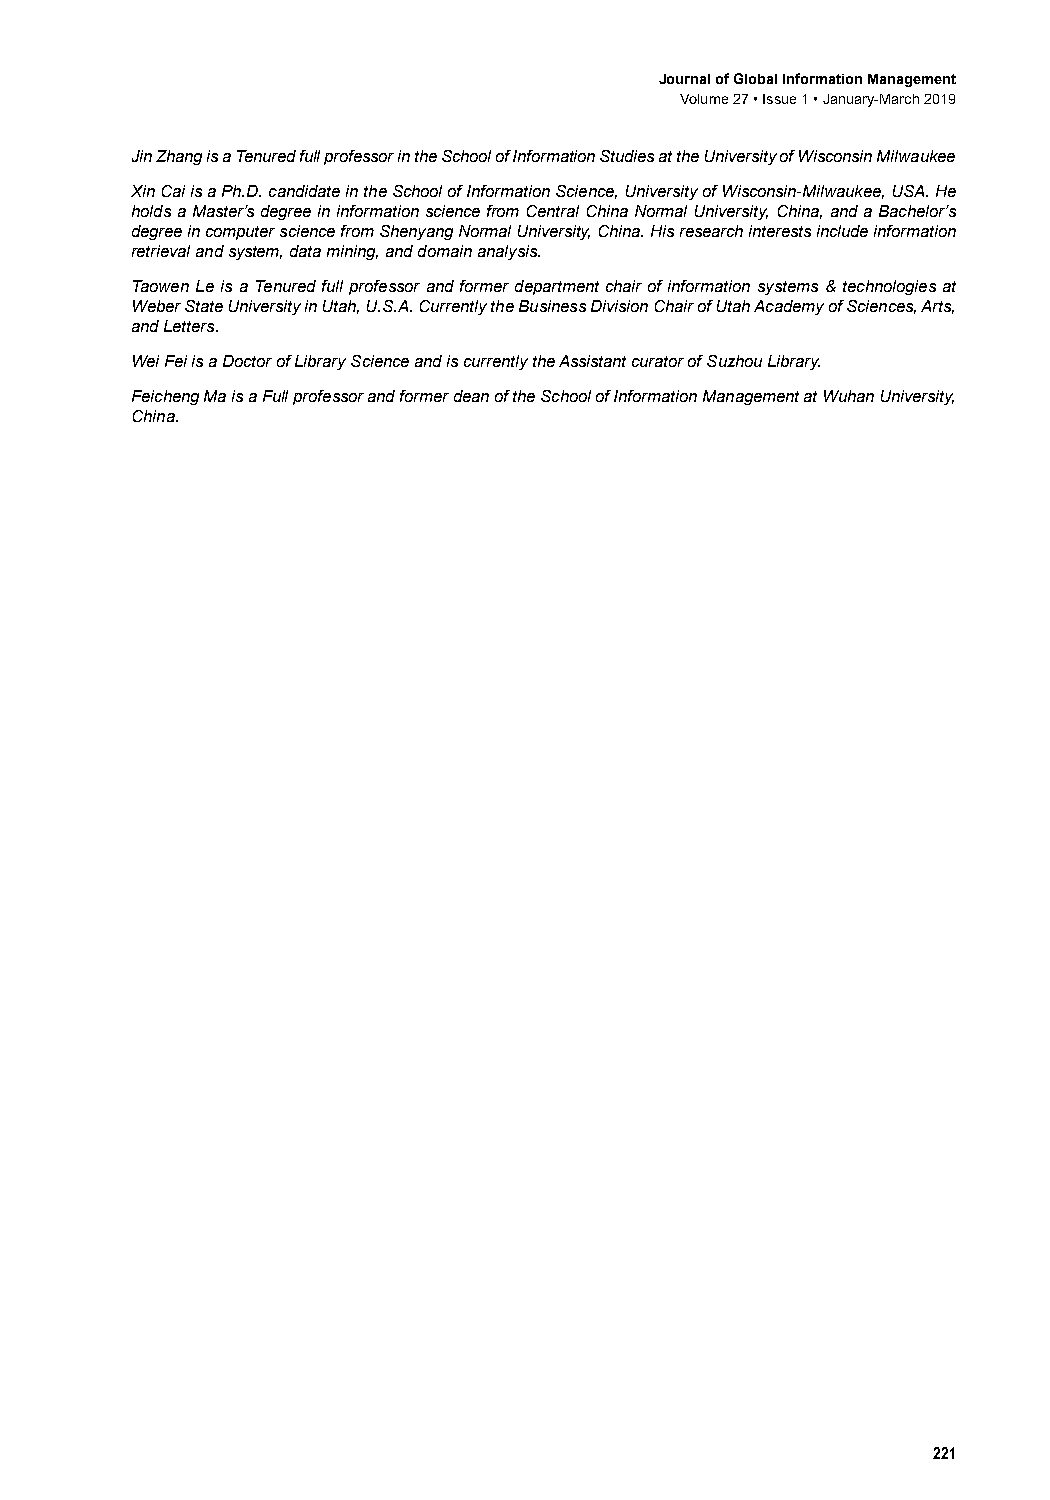
Journal of Global Information Management
 Volume 27 • Issue 1 • January-March 2019
 Jin Zhang is a Tenured full professor in the School of Information Studies at the University of Wisconsin Milwaukee
 Xin Cai is a Ph.D. candidate in the School of Information Science, University of Wisconsin-Milwaukee, USA. He
 holds a Master’s degree in information science from Central China Normal University, China, and a Bachelor’s
 degree in computer science from Shenyang Normal University, China. His research interests include information
 retrieval and system, data mining, and domain analysis.
 Taowen Le is a Tenured full professor and former department chair of information systems & technologies at
 Weber State University in Utah, U.S.A. Currently the Business Division Chair of Utah Academy of Sciences, Arts,
 and Letters.
 Wei Fei is a Doctor of Library Science and is currently the Assistant curator of Suzhou Library.
 Feicheng Ma is a Full professor and former dean of the School of Information Management at Wuhan University,
 China.
 221